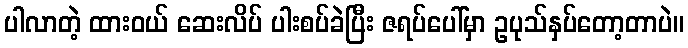
ပါလာတဲ့ ထားဝယ် ဆေးလိပ် ပါးစပ်ခဲပြီး ဇရပ်ပေါ်မှာ ဥပုသ်နှပ်တော့တာပဲ။